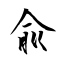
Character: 兪